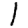
Digit: 1